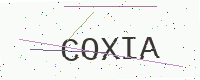
Text: COXIA